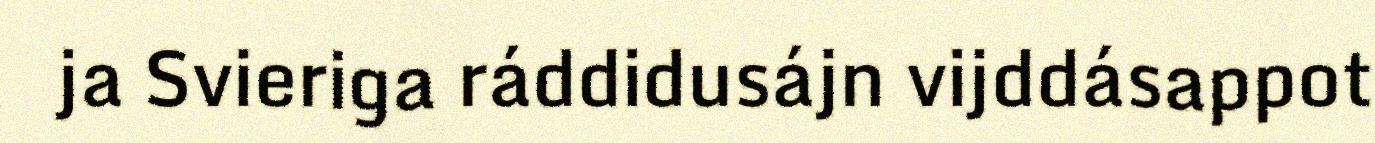
ja Svieriga ráddidusájn vijddásappot